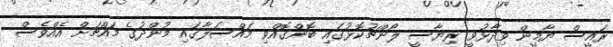
ރައީސް ޔާމީން ވިދާޅުވީ ރިޔާސީ ލޯންޗުކޮޅުގައި ބޮންގޮއްވި މައްސަލާގައި މުންދުގެ މައްޗަށް އެއްވެސް